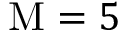
\mathrm { { M } } = 5